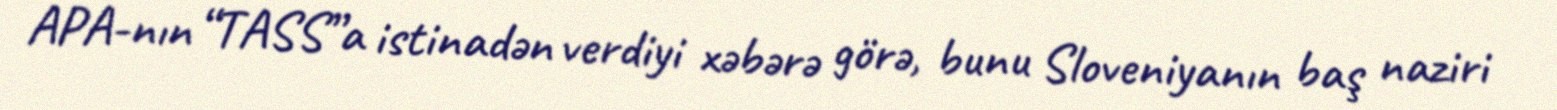
APA-nın “TASS”a istinadən verdiyi xəbərə görə, bunu Sloveniyanın baş naziri